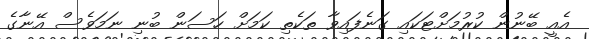
އެއީ ބޭނުން ކުރުމަށްޓަކައި ގަނެފައިވާ ތަކެތި ކަމަށް ހަސަން ބުނި ނަމަވެސް އޭނާގެ